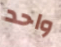
واحد